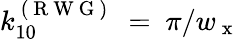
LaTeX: k_{10}^{\mathrm{~(~R~W~G~)~}}~=~\pi/w_{\mathrm{~x~}}